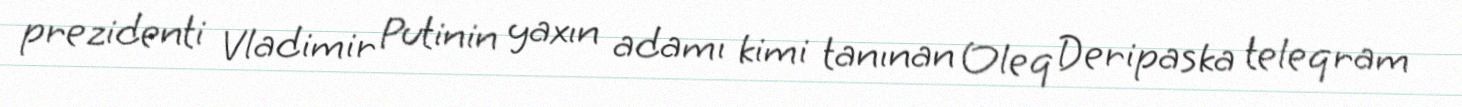
prezidenti Vladimir Putinin yaxın adamı kimi tanınan Oleq Deripaska teleqram